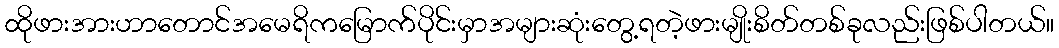
ထိုဖားအားဟာတောင်အမေရိကမြောက်ပိုင်းမှာအများဆုံးတွေ့ရတဲ့ဖားမျိုးစိတ်တစ်ခုလည်းဖြစ်ပါတယ်။